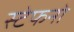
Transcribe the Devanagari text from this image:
स्टेफनो